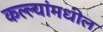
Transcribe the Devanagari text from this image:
कल्ल्यांमधील